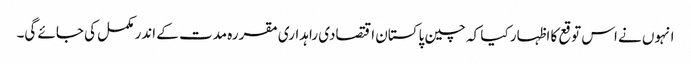
انہوں نے اس توقع کا اظہار کیا کہ چین پاکستان اقتصادی راہداری مقررہ مدت کے اندر مکمل کی جائے گی۔